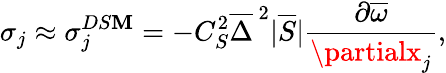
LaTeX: \sigma_{j}\approx\sigma_{j}^{DS\mathbf{M}}=-C_{S}^{2}\overline{{{\Delta}}}^{\, 2}|\overline{{{S}}}|\frac{{\partial\overline{{{\omega}}}}}{{\partialx_{j}}},